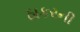
ઠાકરની